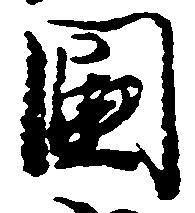
国